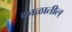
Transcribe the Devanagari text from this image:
काळातील्